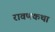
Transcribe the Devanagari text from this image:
रावणकथा